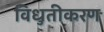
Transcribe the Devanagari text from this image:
विधुतीकरण